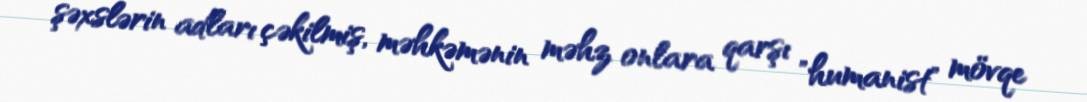
şəxslərin adları çəkilmiş, məhkəmənin məhz onlara qarşı "humanist" mövqe